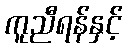
ကူညီရန်နှင့်